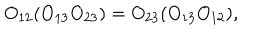
O _ { 1 2 } ( O _ { 1 3 } O _ { 2 3 } ) = O _ { 2 3 } ( O _ { 1 3 } O _ { 1 2 } ) ,